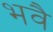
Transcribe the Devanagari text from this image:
भवै